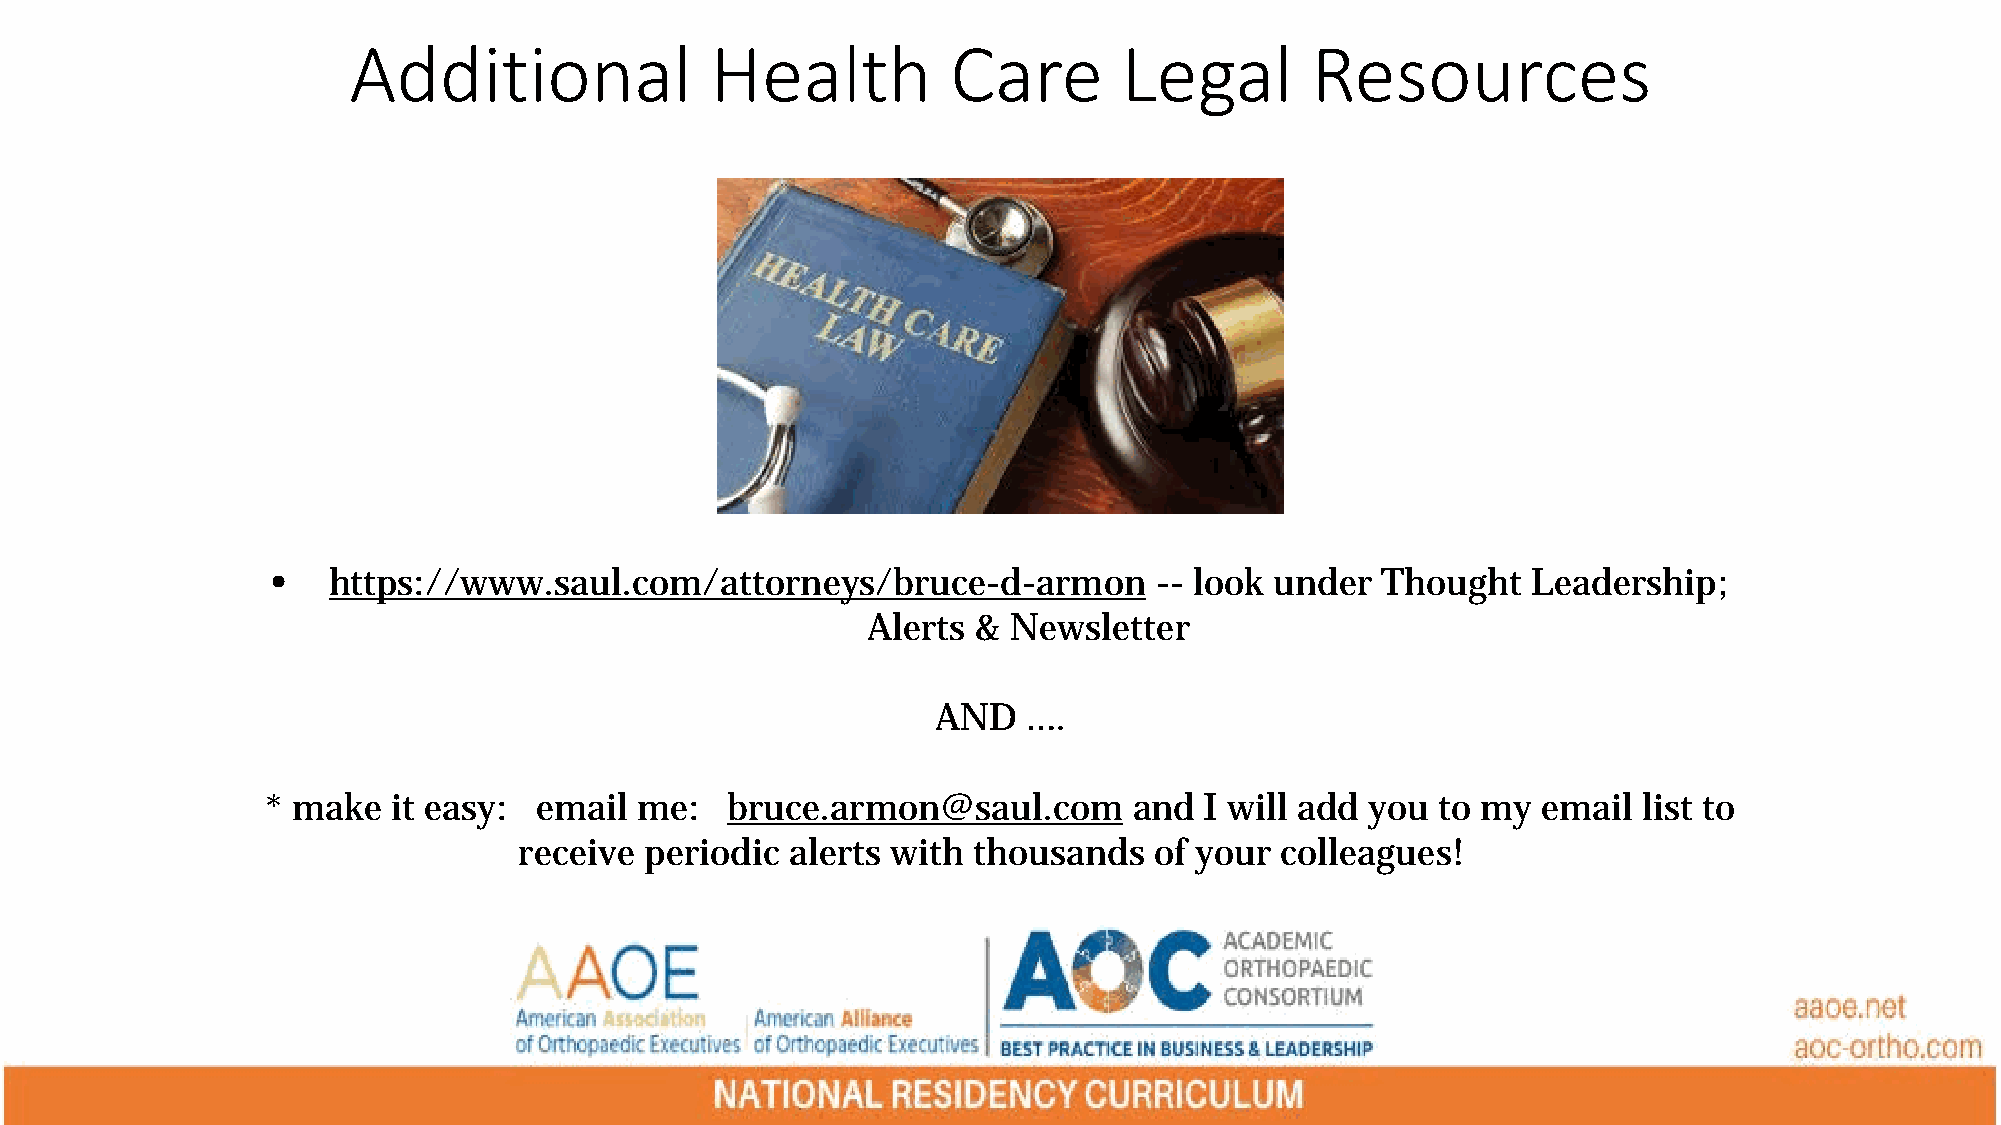
Additional              Health          Care       Legal        Resources
 •   https://www.saul.com/attorneys/bruce-d-armon          -- look under  Thought   Leadership;
 Alerts  & Newsletter
 AND   ….
 * make  it easy: email  me:   bruce.armon@saul.com       and  I will add you to my  email  list to
 receive  periodic alerts with thousands   of your  colleagues!